Indian journal of veterinary science and animal husbandry - Volumes 15-17, 1948-1951
Year: 1948
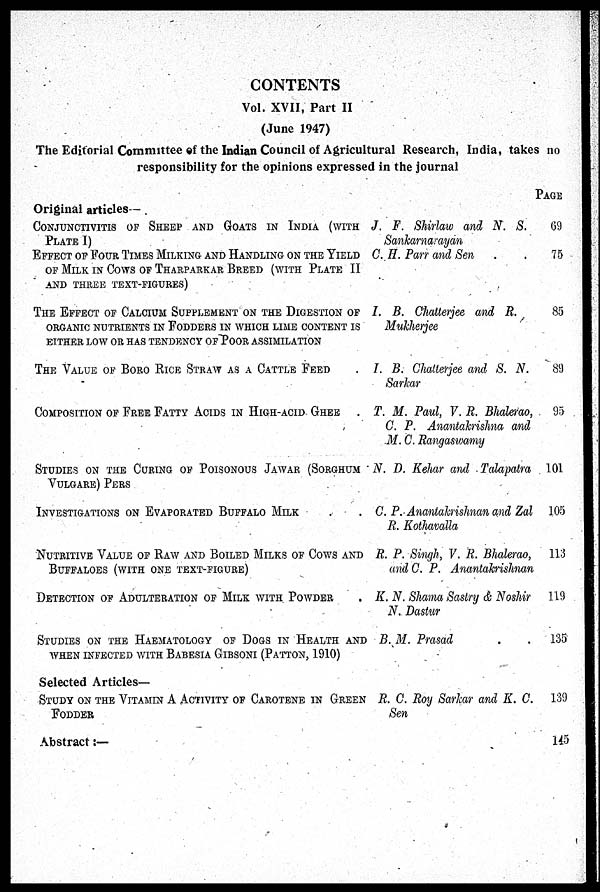
CONTENTS
Vol. XVII, Part II
(June 1947)
The Editorial Committee of the Indian Council of Agricultural Research, India, takes no
responsibility for the opinions expressed in the journal
Original articles—
CONJUNCTIVITIS OF SHEEP AND GOATS IN INDIA (WITH
PLATE I)
EFFECT OF FOUR TIMES MILKING AND HANDLING ON THE YIELD
OF MILK IN COWS OF THARPARKAR BREED (WITH PLATE II
AND THREE TEXT-FIGURES)
THE EFFECT OF CALCIUM SUPPLEMENT ON THE DIGESTION OF
ORGANIC NUTRIENTS IN FODDERS IN WHICH LIME CONTENT IS
EITHER LOW OR HAS TENDENCY OF POOR ASSIMILATION
THE VALUE OF BORO RICE STRAW AS A CATTLE FEED .
COMPOSITION OF FREE FATTY ACIDS IN HIGH-ACID GHEE .
STUDIES ON THE CURING OF POISONOUS JAWAR (SORGHUM
VULGARE) PERS
INVESTIGATIONS ON EVAPORATED BUFFALO MILK . .
NUTRITIVE VALUE OF RAW AND BOILED MILKS OF COWS AND
BUFFALOES (WITH ONE TEXT-FIGURE)
DETECTION OF ADULTERATION OF MILK WITH POWDER .
STUDIES ON THE HAEMATOLOGY OF DOGS IN HEALTH AND
WHEN INFECTED WITH BABESIA GIBSONI (PATTON, 1910)
Selected Articles—
STUDY ON THE VITAMIN A ACTIVITY OF CAROTENE IN GREEN
FODDER
Abstract :—
J. F. Shirlaw and N. S.
Sankarnarayan
C. H. Parr and Sen . .
I. B. Chatterjee and R.
Mukherjee
I. B. Chatterjee and S. N.
Sarkar
T. M. Paul, V. R. Bhalerao,
C. P. Anantakrishna and
M. C. Rangaswamy
N. D. Kehar and Talapatra
C. P. Anantakrishnan and Zal
R. Kothavalla
R. P. Singh, V. R. Bhalerao,
and C. P. Anantakrishnan
K. N. Shama Sastry & Noshir
N. Dastur
B. M. Prasad
R. C. Roy Sarkar and K. C.
Sen
PAGE
69
75
85
89
95
101
105
113
119
135
139
145